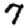
Digit: 7